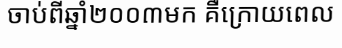
ចាប់ពីឆ្នាំ២០០៣មក គឺក្រោយពេល